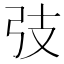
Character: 𢎼